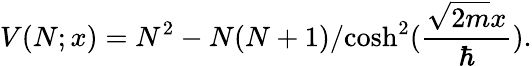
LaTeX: V(N;x)=N^{2}-{N(N+1)}/{\cosh^{2}({\frac{\sqrt{2m}x}{\hbar}})}.